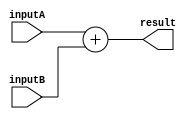
module adder(inputA,inputB,result);
	input [31:0] inputA,inputB;
	output reg[31:0] result;
	always @ (inputA or inputB)
		result = inputA + inputB;
endmodule

/*
module tb_adder;
	
	reg [31:0] inputA,inputB;
	wire [31:0] result;
	
	adder myadder(inputA,inputB,result);
	
	initial
	begin
	#1 inputA = 32'd4;	inputB = 32'd5;
	#1 inputA = 32'd10;	inputB = 32'd0;
	end
	
	initial
	$monitor($time," %d %d %d",inputA,inputB,result);
endmodule
*/